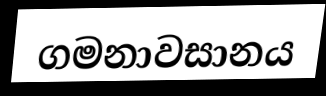
ගමනාවසානය